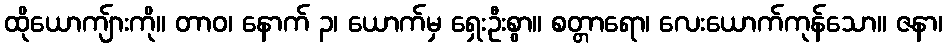
ထိုယောကျ်ားကို။ တာဝ၊ နောက် ၃၊ ယောက်မှ ရှေးဦးစွာ။ စတ္တာရော၊ လေးယောက်ကုန်သော။ ဇနာ၊